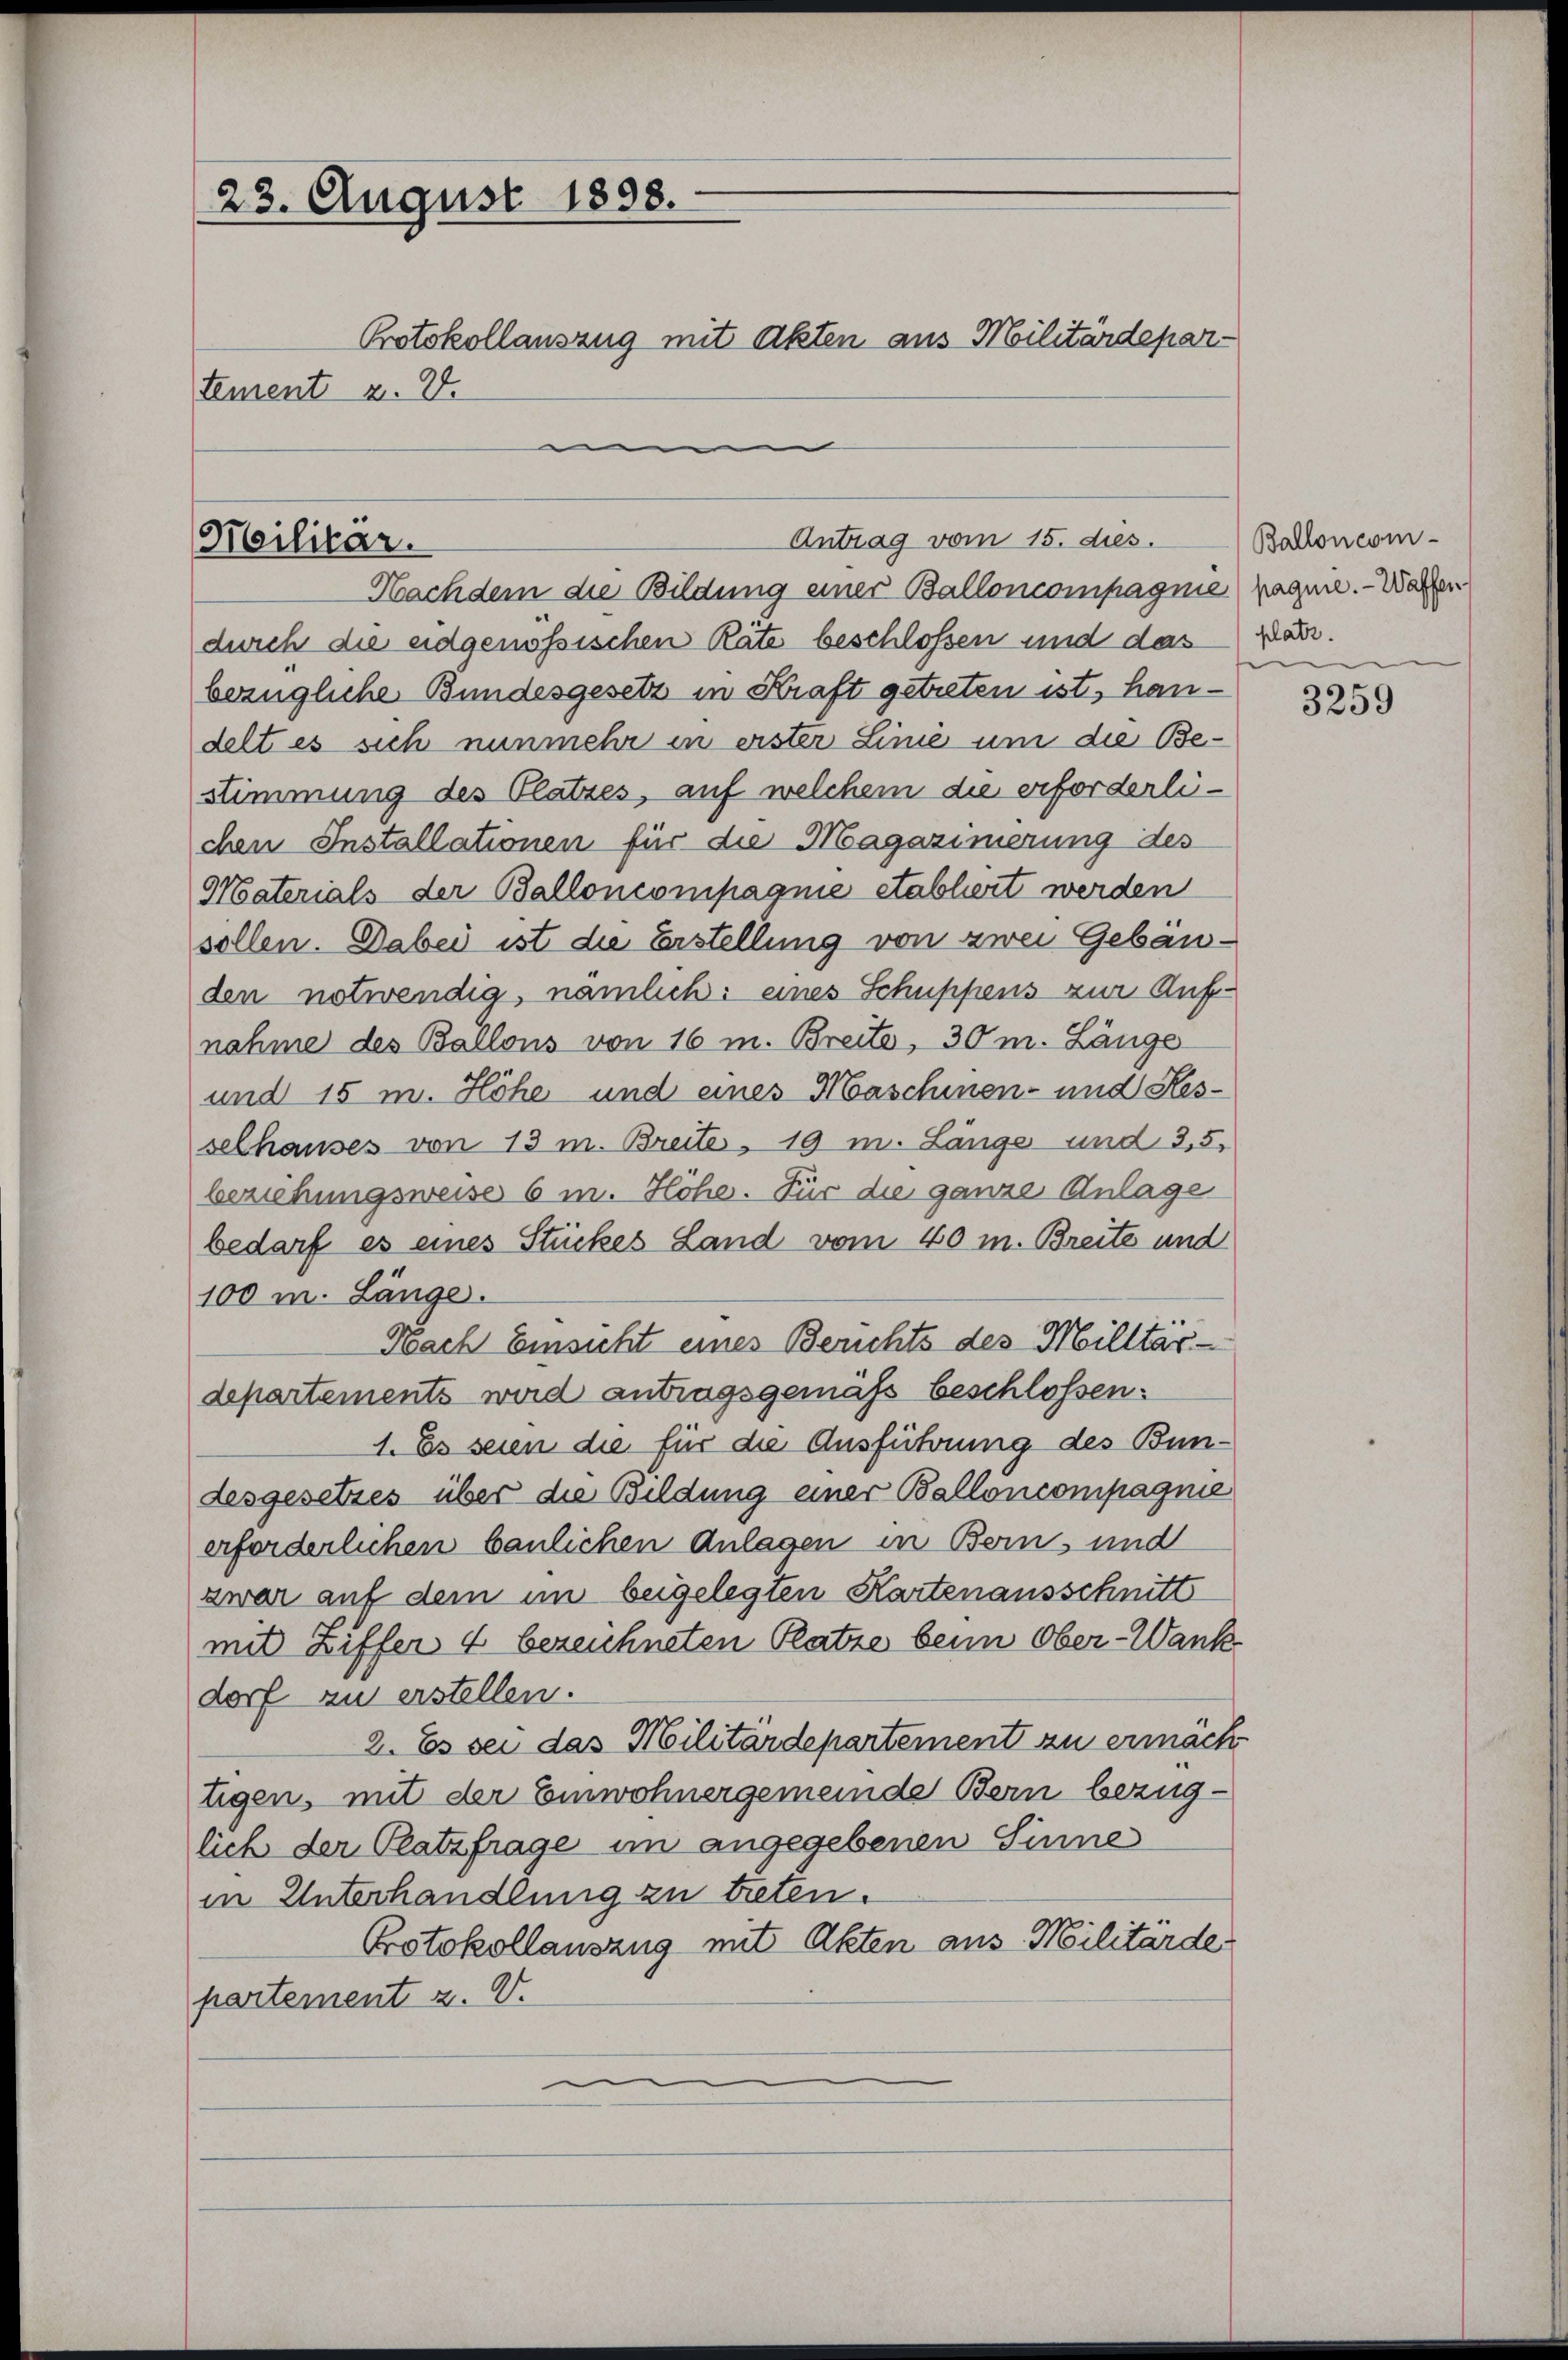
23. August 1898.
Protokollauszug mit Akten aus Militärdepar-
tement z. B.
.

Militär.

Antrag vom 15. dies.

Nachdem die Bildung einer Balloncompagnie) pagnie. - Wasser
durch die eidgenössischen Räte beschloßen und das
bezügliche Bundesgesetz in Kraft getreten ist, handelt es sich nunmehr in erster Linie um die Bestimmung des Platzes, auf welchem die erforderlichen Installationen für die Magazinerung des
Materials der Balloncompagnie etabliert werden
sollen. Dabei ist die Erstellung von zwei Gebäuden notwendig, nämlich: eines Schuppens zur Aufnahme des Ballons von 16 m. Breits, 30 m. Länge
und 15 m. Höhe und eines Maschinen- und Resselhauses von 13 m. Breite 19 m. Länge und 3,5,
beziehungsweise 6 m. Höhe. Für die ganze Anlage
bedarf es eines Stückes Land vom 40 m. Breite und
100 m. Länge.
Nach Einsicht eines Berichts des Militär-
departements wird antragsgemäß beschlossen:
1. Es seien die für die Ausführung des Bundesgesetzes über die Bildung einer Balloncompagnie
erforderlichen baulichen Anlagen in Bern, und
zwar auf dem im beigelegten Kartenausschnitt
mit Ziffer 4 bezeichneten Platze beim Ober-Wank
dorf zu erstellen.
2. Es sei das Militärdepartement zu ermächt
tigen, mit der Einwohnergemeinde Bern bezuglich der Platzfrage im angegebenen Sinne
in Unterhandlung zu treten.
Protokollauszug mit Akten aus Militärde
partement z. V.

Ballon com-
platz.

3259